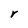
Character: r